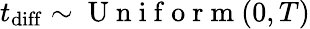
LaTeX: t_{\mathrm{diff}}\sim\mathrm{~U~n~i~f~o~r~m~}(0,T)